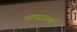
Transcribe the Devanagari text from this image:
फलप्राप्तर्थ्य